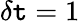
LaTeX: \delta\mathtt{t}=1